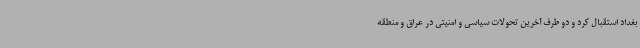
بغداد استقبال کرد و دو طرف آخرین تحولات سیاسی و امنیتی در عراق و منطقه